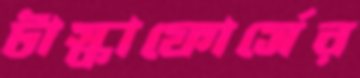
টাস্কাফোর্সের